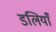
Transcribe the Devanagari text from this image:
डलियाँ